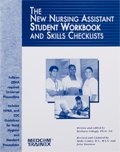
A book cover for The New Nursing Assistant Student Workbook and Skills Checklists; Barbara Ed Gillogly; Medical Books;